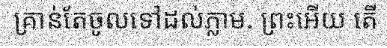
គ្រាន់តែចូលទៅដល់ភ្លាម. ព្រះអើយ តើ